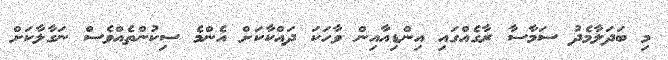
މި ބަދަލާމެދު ސަމާސާ ރާގެއްގައި އިންޑިއާއިން ވާހަކަ ދައްކާކަށް އެންމެ ސިކުންތެއްވެސް ނަގާލާކަށް